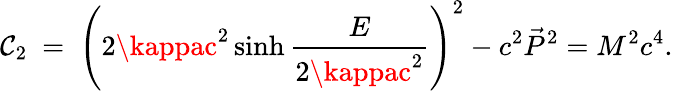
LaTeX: \mathcal{C}_{2}\ =\ \left(2\kappac^{2}\sinh\frac{{E}}{{2\kappac^{2}}}\right)^{2}-c^{2}\vec{{P}}^{2}=M^{2}c^{4}.